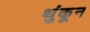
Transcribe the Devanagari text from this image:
थुंकून